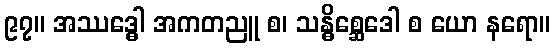
၉၇။ အဿဒ္ဓေါ အကတညူ စ၊ သန္ဓိစ္ဆေဒေါ စ ယော နရော။